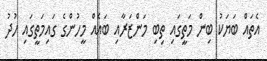
އެތައް ބަޔަކު ބިން މަތީގައި ތިބި މަންޒަރާއި ބައެއް މީހުންގެ ގައިމަތީގައި ހުދު